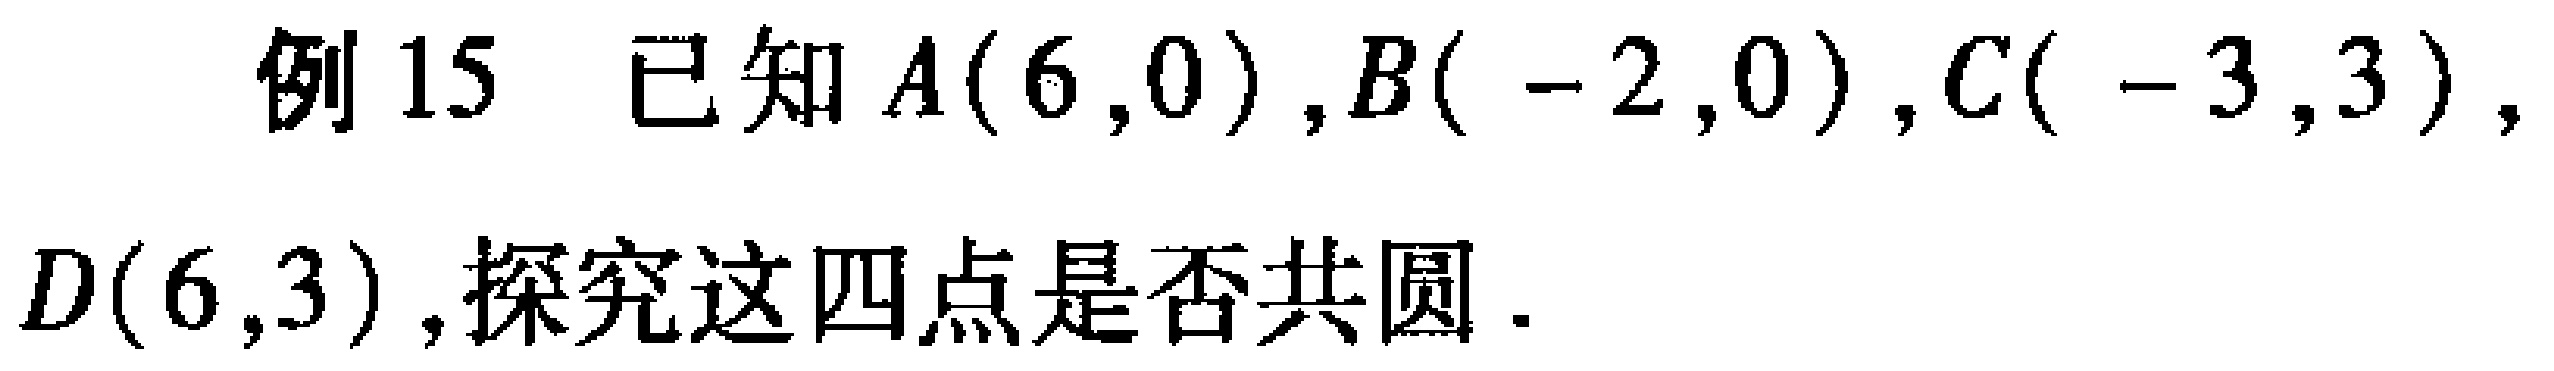
例15 已知\(A(6,0)\),\(B(-2,0)\),\(C(-3,3)\),\(D(6,3)\),探究这四点是否共圆.